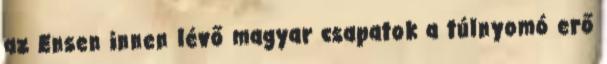
az Ensen innen lévő magyar csapatok a túlnyomó erő